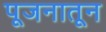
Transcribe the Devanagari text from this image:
पूजनातून